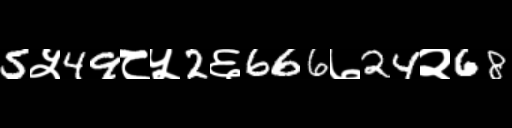
Text: 5५49८५2६666७24२68